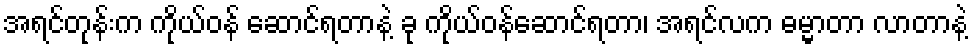
အရင်တုန်းက ကိုယ်ဝန် ဆောင်ရတာနဲ့ ခု ကိုယ်ဝန်ဆောင်ရတာ၊ အရင်လက ဓမ္မာတာ လာတာနဲ့